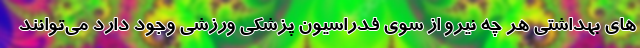
های بهداشتی هر چه نیرو از سوی فدراسیون پزشکی ورزشی وجود دارد می‌توانند